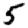
Digit: 5